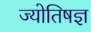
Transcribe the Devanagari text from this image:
ज्योतिषज्ञ